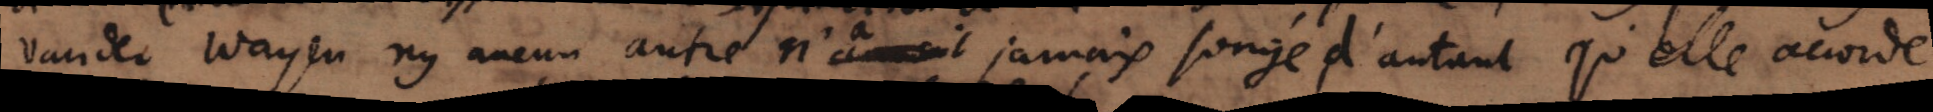
van der Wayen ny aucun autre n’avoit jamais songé d’autant, qu’elle accorde